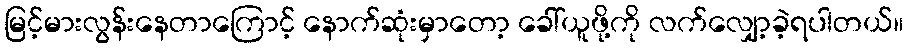
မြင့်မားလွန်းနေတာကြောင့် နောက်ဆုံးမှာတော့ ခေါ်ယူဖို့ကို လက်လျှော့ခဲ့ရပါတယ်။